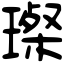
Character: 𤨪